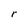
Character: r